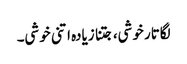
لگاتار خوشی، جتنا زیادہ اتنی خوشی۔